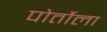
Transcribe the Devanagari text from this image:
पोर्तोला